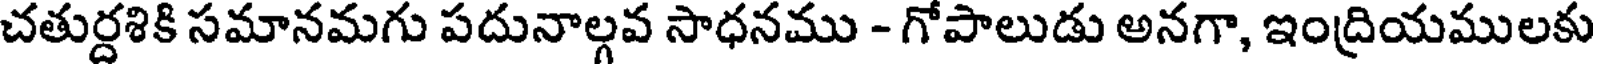
చతుర్దశికి సమానమగు పదునాల్గవ సాధనము - గోపాలుడు అనగా, ఇంద్రియములకు